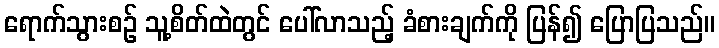
ရောက်သွားစဉ် သူ့စိတ်ထဲတွင် ပေါ်လာသည့် ခံစားချက်ကို ပြန်၍ ပြောပြသည်။